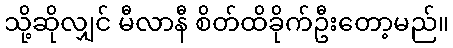
သို့ဆိုလျှင် မီလာနီ စိတ်ထိခိုက်ဦးတော့မည်။